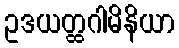
ဥဒယတ္ထဂါမိနိယာ